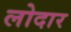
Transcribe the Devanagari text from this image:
लोदार